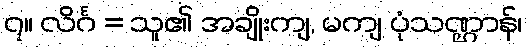
၇။ လိင်္ဂ = သူ၏ အချိုးကျ, မကျ ပုံသဏ္ဌာန်၊